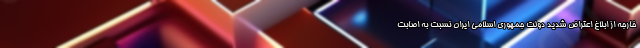
خارجه از ابلاغ اعتراض شدید دولت جمهوری اسلامی ایران نسبت به اصابت